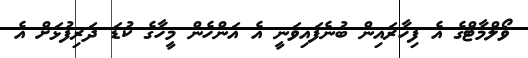
ވޯލްމާޓްގެ އެ ފިހާރައިން ބުނެފައިވަނީ އެ އަންހެން މީހާގެ ކުޑަ ދަރިފުޅަށް އެ